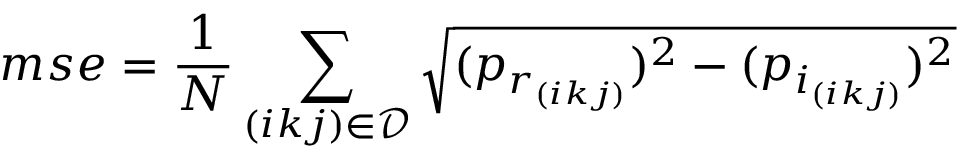
m s e = \frac { 1 } { N } \sum _ { ( i k j ) \in \mathcal D } \sqrt { ( p _ { r _ { ( i k j ) } } ) ^ { 2 } - ( p _ { i _ { ( i k j ) } } ) ^ { 2 } }